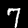
Label: 7